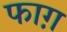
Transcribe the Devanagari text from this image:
फाग़